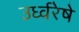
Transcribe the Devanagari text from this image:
उर्ध्वरेषे